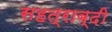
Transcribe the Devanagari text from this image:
सहत्राब्दी